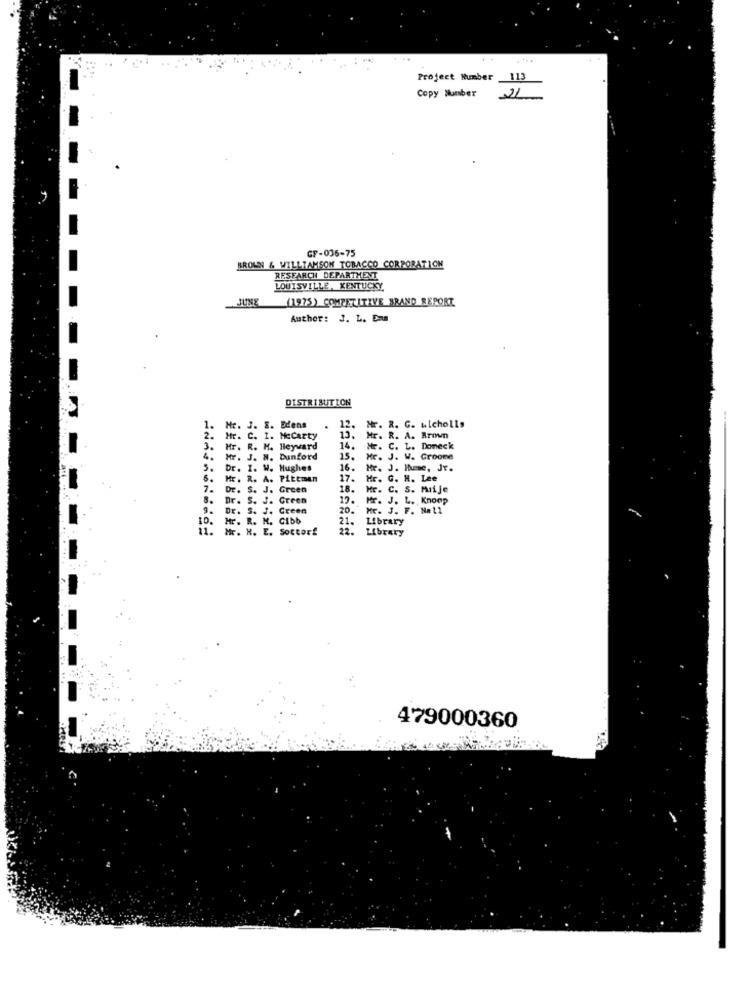
Project Number _113
Copy Number
21
GF-036-75
BROWN & WILLIAMSON TOBACCO CORPORATION
RESEARCH DEPARTMENT
LOUISVILLE, KENTUCKY
JUNE
(1975) COMPETITIVE BRAND REPORT
Author: J. L. Das
DISTRIBUITION
Hr. R. G. wlcholls
1.
He. J. S. Edens
12.
2.
Hr. C. 1. MeCarty
13.
Mr. R. A. Brown
3.
Mr. R. H. Heyward
14.
Mr. C. L. Domeck
4.
Mr. J. N. Dunford
15.
Mr. J. W. Groome
5.
Dr. I. W. Hughes
16.
Mr. J. Ihmme, Jt.
5.
Mr. R. A. Pittman
17.
Hr. G. H. Lee
7.
Dr. S. J. Green
18.
Hr. C. S. Miije
Dr. S. J. Green
19.
Mr. J. L. Knoop
9.
Dr. S. J. Green
20.
Mr. J. F. Nel1
10.
Mr. R. M. Cibb
21.
Library
11.
Mr. H. E. Sottorf
22.
Library
479000360